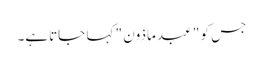
جس کو " عبد ماذون " کہا جاتاہے۔